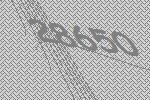
28650